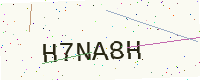
Text: H7NA8H